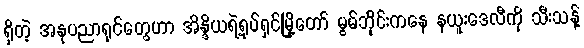
ရှိတဲ့ အနုပညာရှင်တွေဟာ အိန္ဒိယရဲ့ရုပ်ရှင်မြို့တော် မွမ်ဘိုင်းကနေ နယူးဒေလီကို သီးသန့်